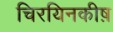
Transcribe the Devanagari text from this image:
चिरयिनकीष़